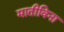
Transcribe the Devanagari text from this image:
मातीविना